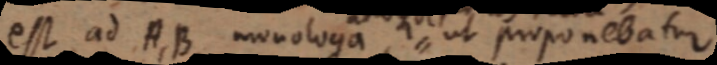
est ad A, B monologa ut proponebatur